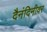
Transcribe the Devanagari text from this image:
दैनंदिनीवर